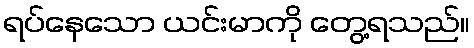
ရပ်နေသော ယင်းမာကို တွေ့ရသည်။